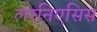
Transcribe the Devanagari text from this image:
लरनिएसिस